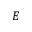
E